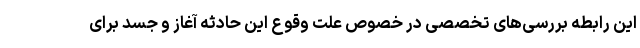
این رابطه بررسی‌های تخصصی در خصوص علت وقوع این حادثه آغاز و جسد برای